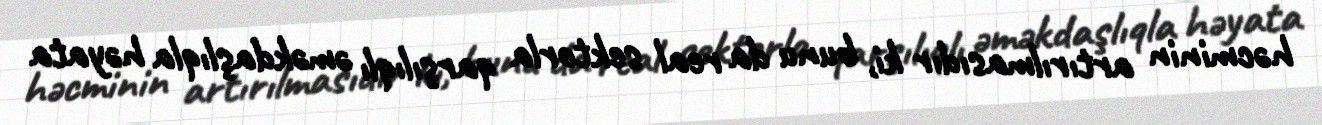
həcminin artırılmasıdır ki, bunu da real sektorla qarşılıqlı əməkdaşlıqla həyata